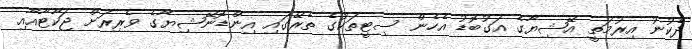
ދެކުނު އިރުމަތީ އޭޝިޔާގެ އަގުބޮޑު އެހެން ސިޓީތަކުގެ ތެރޭގައި އިންޑޮނޭޝިޔާގެ ވެރިރަށް ޖަކާޓާއާއި